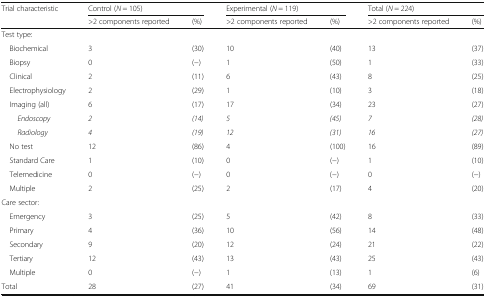
| <ROWSPAN=2> Trial characteristic | <COLSPAN=2> Control (N = 105) | <COLSPAN=2> Experimental (N = 119) | <COLSPAN=2> Total (N = 224) |
 | >2 components reported | (%) | >2 components reported | (%) | >2 components reported | (%) |
 | --- | --- | --- | --- | --- | --- | --- |
 | <COLSPAN=7> Test type: |
 | Biochemical | 3 | (30) | 10 | (40) | 13 | (37) |
 | Biopsy | 0 | (−) | 1 | (50) | 1 | (33) |
 | Clinical | 2 | (11) | 6 | (43) | 8 | (25) |
 | Electrophysiology | 2 | (29) | 1 | (10) | 3 | (18) |
 | Imaging (all) | 6 | (17) | 17 | (34) | 23 | (27) |
 | Endoscopy | 2 | (14) | 5 | (45) | 7 | (28) |
 | Radiology | 4 | (19) | 12 | (31) | 16 | (27) |
 | No test | 12 | (86) | 4 | (100) | 16 | (89) |
 | Standard Care | 1 | (10) | 0 | (−) | 1 | (10) |
 | Telemedicine | 0 | (−) | 0 | (−) | 0 | (−) |
 | Multiple | 2 | (25) | 2 | (17) | 4 | (20) |
 | <COLSPAN=7> Care sector: |
 | Emergency | 3 | (25) | 5 | (42) | 8 | (33) |
 | Primary | 4 | (36) | 10 | (56) | 14 | (48) |
 | Secondary | 9 | (20) | 12 | (24) | 21 | (22) |
 | Tertiary | 12 | (43) | 13 | (43) | 25 | (43) |
 | Multiple | 0 | (−) | 1 | (13) | 1 | (6) |
 | Total | 28 | (27) | 41 | (34) | 69 | (31) |